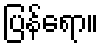
ပြန်ရော။